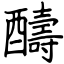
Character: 醻